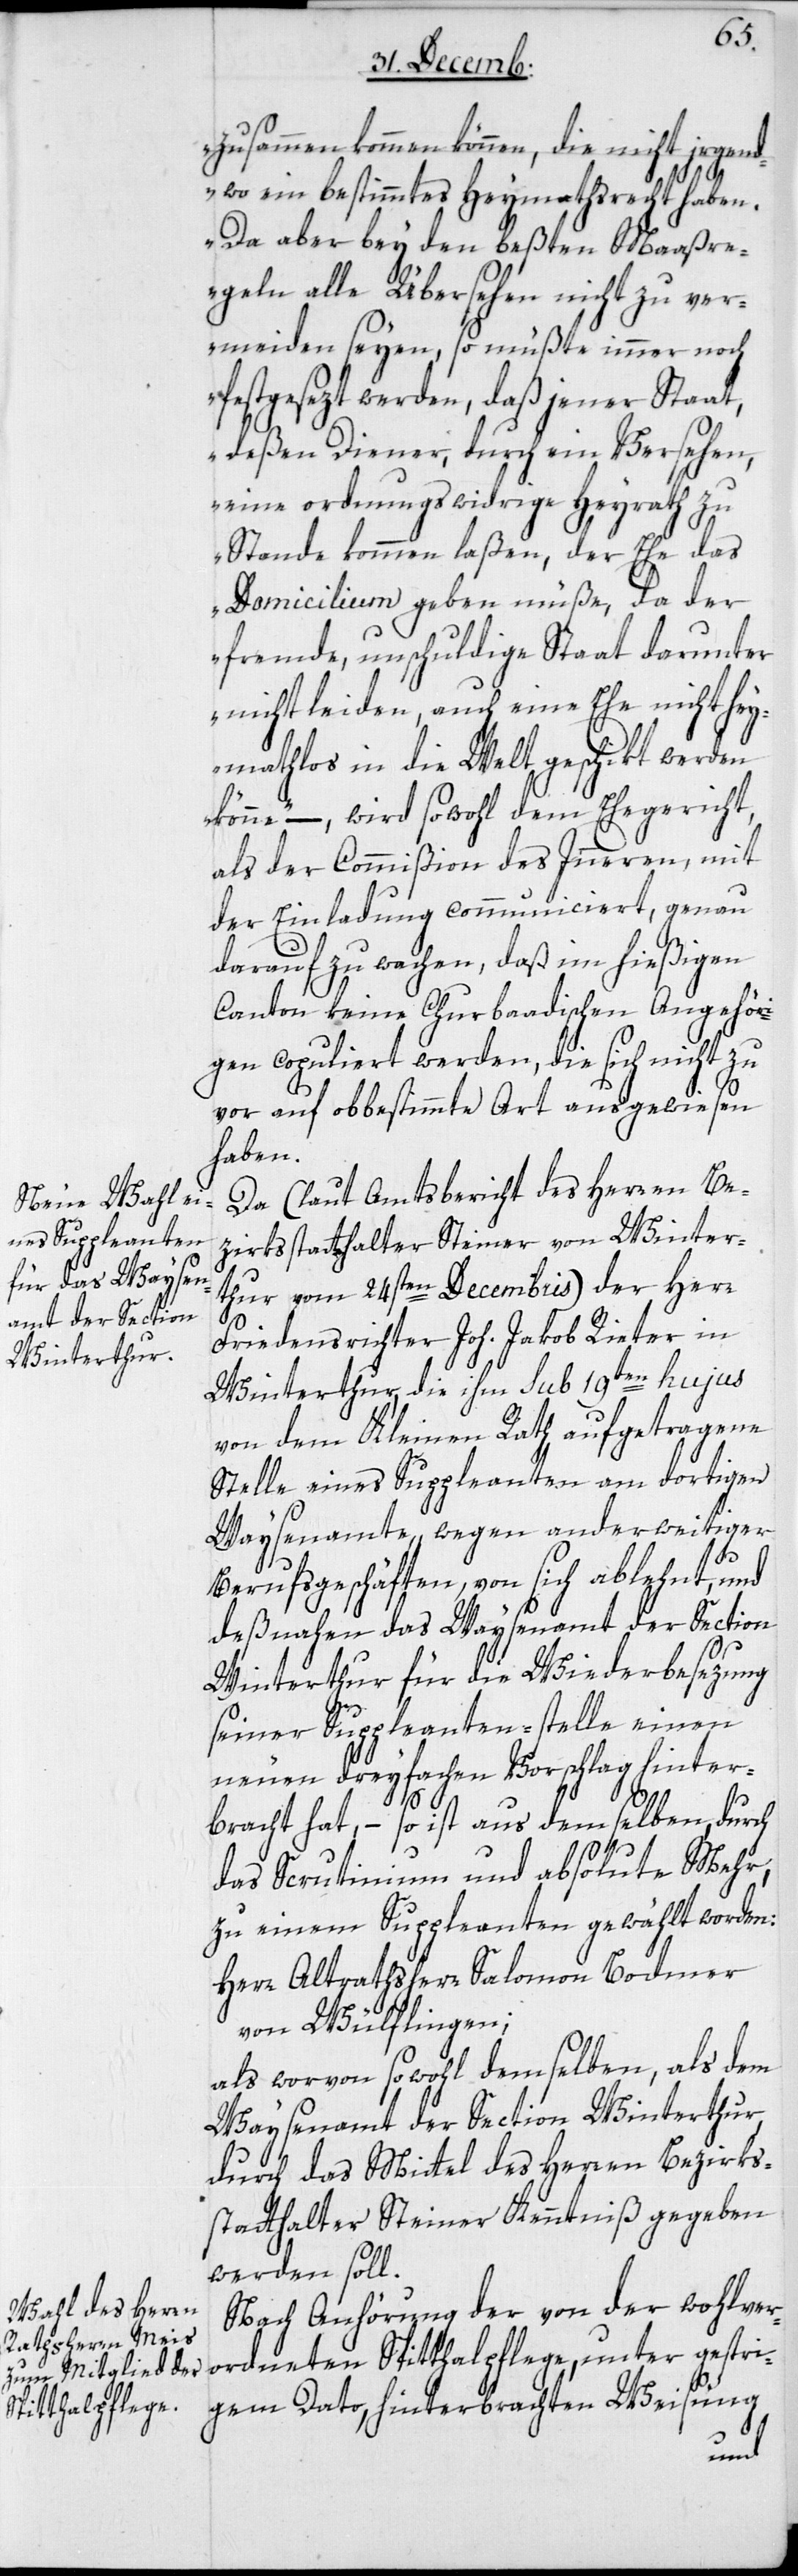
zusammen kommen können, die nicht irgend¬
wo ein bestimmtes Heymathsrecht haben.
Da aber bey den beßten Maaßre¬
geln alle Übersehen nicht zu ver¬
meiden seyen, so müßte immer noch
festgesezt werden, daß jener Staat,
deßen Diener durch ein Versehen,
eine ordnungswidrige Heyrath zu
Stande kommen laßen, der Ehe das
Domicilium geben müße, da der
fremde, unschuldige Staat darunter
nicht leiden, auch eine Ehe nicht hey¬
mathlos in die Welt geschikt werden
könne“, – wird sowohl dem Ehegericht,
als der Commißion des Inneren, mit
der Einladung communiciert, genau
darauf zu wachen, daß im hießigen
Canton keine Churbaadischen Angehöri¬
gen copuliert werden, die sich nicht zu¬
vor auf obbestimmte Art ausgewiesen
haben.
Da (laut Amtsbericht des Herren Be¬
zirksstatthalter Steiner von Winter¬
thur vom 24sten Decembris) der Herr
Friedensrichter Joh. Jakob Rieter in
Winterthur, die ihm sub 19ten hujus
von dem Kleinen Rath aufgetragene
Stelle eines Suppleanten am dortigen
Waysenamte, wegen anderweitiger
Berufsgeschäften, von sich ablehnt, und
deßnahen das Waysenamt der Section
Winterthur für die Wiederbesezung
seiner Suppleanten-stelle einen
neuen dreyfachen Vorschlag hinter¬
bracht hat, – so ist aus demselben, durch
das Scrutinium und absolute Mehr,
zu einem Suppleanten gewählt worden:
Herr Altrathsherr Salomon Bodmer
von Wülflingen;
als worvon sowohl demselben, als dem
Waysenamt der Section Winterthur,
durch das Mittel des Herren Bezirks¬
statthalter Steiner Kenntniß gegeben
werden soll.
Nach Anhörung der von der wohlver¬
ordneten Spitthalpflege, unter gestri¬
gem Dato, hinterbrachten Weisung